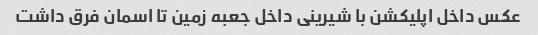
عکس داخل اپلیکشن با شیرینی داخل جعبه زمین تا اسمان فرق داشت